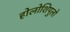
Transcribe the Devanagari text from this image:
होलोशिपुलो